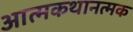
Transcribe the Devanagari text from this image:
आत्मकथानत्मक